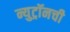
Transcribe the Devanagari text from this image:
न्युट्रॉनची